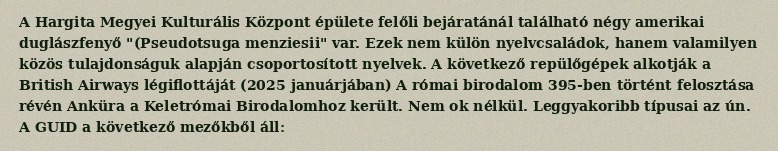
A Hargita Megyei Kulturális Központ épülete felőli bejáratánál található négy amerikai duglászfenyő "(Pseudotsuga menziesii" var. Ezek nem külön nyelvcsaládok, hanem valamilyen közös tulajdonságuk alapján csoportosított nyelvek. A következő repülőgépek alkotják a British Airways légiflottáját (2025 januárjában) A római birodalom 395-ben történt felosztása révén Anküra a Keletrómai Birodalomhoz került. Nem ok nélkül. Leggyakoribb típusai az ún. A GUID a következő mezőkből áll: